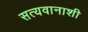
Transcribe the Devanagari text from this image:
सत्यवानाशी